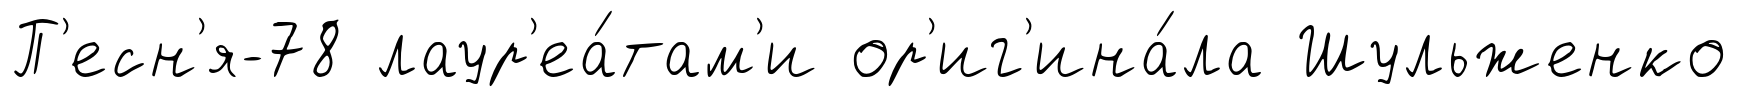
П'есн'я-78 лаур'еа́там'и ор'иг'ина́ла Шульженко